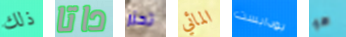
ذلك داتا تحزر المائي بودابست هو